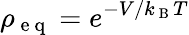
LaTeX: \rho_{\mathrm{~e~q~}}=e^{-V/k_{\mathrm{~B~}}T}